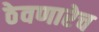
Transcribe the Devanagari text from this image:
ठेवणारेच